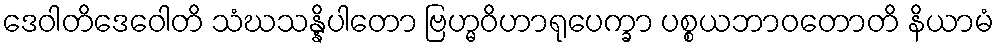
ဒေဝါတိဒေဝေါတိ သံဃသန္နိပါတော ဗြဟ္မဝိဟာရုပေက္ခာ ပစ္စယဘာဝတောတိ နိယာမံ